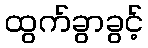
ထွက်ခွာခွင့်